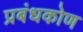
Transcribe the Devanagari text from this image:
प्रबंधकोण